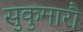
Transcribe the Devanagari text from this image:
सुकुमारौ